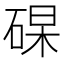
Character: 𥓖